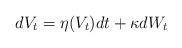
LaTeX: \begin{align*}dV_{t}=\eta (V_{t})dt+\kappa dW_{t} \end{align*}